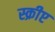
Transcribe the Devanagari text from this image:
स्क्रीप्ट